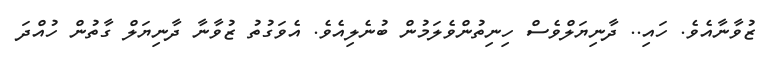
ޒުވާނާއެވެ. ހައި.. ދާނިޔަލްވެސް ހިނިތުންވެލަމުން ބުނެލިއެވެ. އެވަގުތު ޒުވާނާ ދާނިޔަލް ގާތުން ހުއްދަ